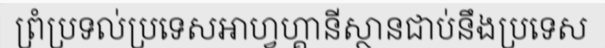
ព្រំប្រទល់ប្រទេសអាហ្វហ្គានីស្ថានជាប់នឹងប្រទេស